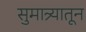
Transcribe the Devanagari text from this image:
सुमात्र्यातून